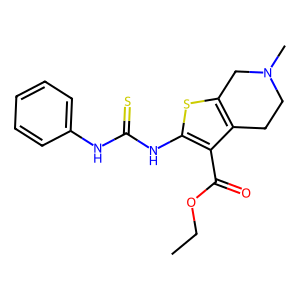
SMILES: CCOC(=O)c1c(NC(=S)Nc2ccccc2)sc2c1CCN(C)C2
Inhibits HIV replication: No